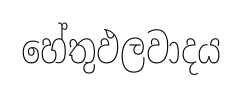
හේතුඵලවාදය